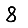
Digit: 8